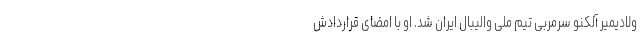
ولادیمیر آلکنو سرمربی تیم ملی والیبال ایران شد. او با امضای قراردادش